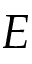
E